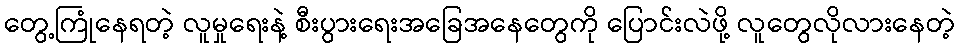
တွေ့ကြုံနေရတဲ့ လူမှုရေးနဲ့ စီးပွားရေးအခြေအနေတွေကို ပြောင်းလဲဖို့ လူတွေလိုလားနေတဲ့